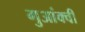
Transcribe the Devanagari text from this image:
गुआंक्वी